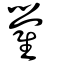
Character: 鷽